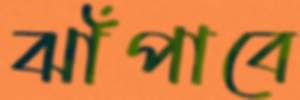
ঝাঁপাবে